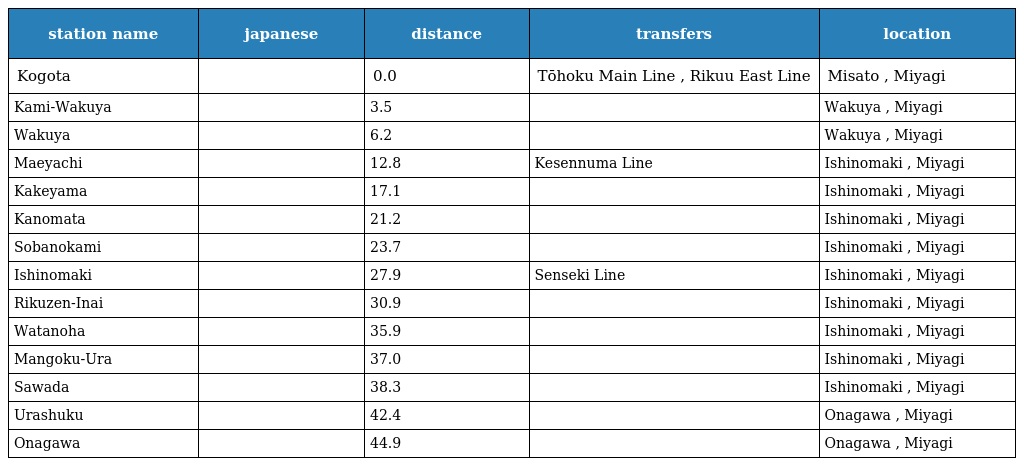
| station name | japanese | distance | transfers | location |
 | --- | --- | --- | --- | --- |
 | Kogota | 小牛田 | 0.0 | Tōhoku Main Line , Rikuu East Line | Misato , Miyagi |
 | Kami-Wakuya | 上涌谷 | 3.5 |  | Wakuya , Miyagi |
 | Wakuya | 涌谷 | 6.2 |  | Wakuya , Miyagi |
 | Maeyachi | 前谷地 | 12.8 | Kesennuma Line | Ishinomaki , Miyagi |
 | Kakeyama | 佳景山 | 17.1 |  | Ishinomaki , Miyagi |
 | Kanomata | 鹿又 | 21.2 |  | Ishinomaki , Miyagi |
 | Sobanokami | 曽波神 | 23.7 |  | Ishinomaki , Miyagi |
 | Ishinomaki | 石巻 | 27.9 | Senseki Line | Ishinomaki , Miyagi |
 | Rikuzen-Inai | 陸前稲井 | 30.9 |  | Ishinomaki , Miyagi |
 | Watanoha | 渡波 | 35.9 |  | Ishinomaki , Miyagi |
 | Mangoku-Ura | 万石浦 | 37.0 |  | Ishinomaki , Miyagi |
 | Sawada | 沢田 | 38.3 |  | Ishinomaki , Miyagi |
 | Urashuku | 浦宿 | 42.4 |  | Onagawa , Miyagi |
 | Onagawa | 女川 | 44.9 |  | Onagawa , Miyagi |